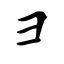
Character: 彐